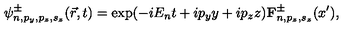
\psi _ { n , p _ { y } , p _ { z } , s _ { z } } ^ { \pm } ( \vec { r } , t ) = \exp ( - i E _ { n } t + i p _ { y } y + i p _ { z } z ) { \bf F } _ { n , p _ { z } , s _ { z } } ^ { \pm } ( x ^ { \prime } ) ,